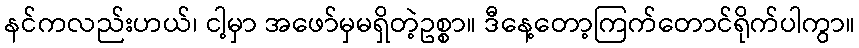
နင်ကလည်းဟယ်၊ ငါ့မှာ အဖော်မှမရှိတဲ့ဥစ္စာ။ ဒီနေ့တော့ကြက်တောင်ရိုက်ပါကွာ။